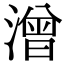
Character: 潧